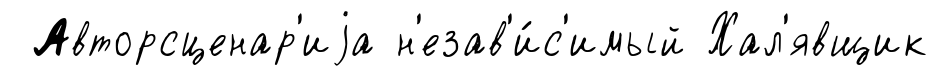
Авторсценар'иjа н'езав'и́с'имый Хал'явщик